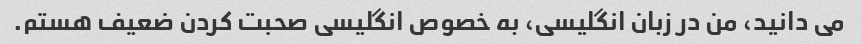
می دانید، من در زبان انگلیسی، به خصوص انگلیسی صحبت کردن ضعیف هستم.